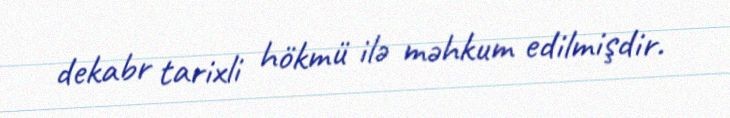
dekabr tarixli hökmü ilə məhkum edilmişdir.